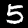
Digit: 5